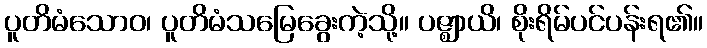
ပူတိမံသောဝ၊ ပူတိမံသမြေခွေးကဲ့သို့။ ပဇ္ဈာယိ၊ စိုးရိမ်ပင်ပန်းရ၏။